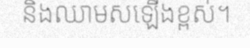
និងឈាមសឡើងខ្ពស់។